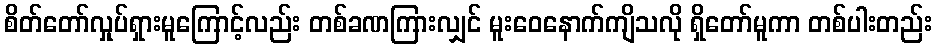
စိတ်တော်လှုပ်ရှားမူကြောင့်လည်း တစ်ခဏကြားလျှင် မူးဝေနောက်ကျိသလို ရှိတော်မူကာ တစ်ပါးတည်း